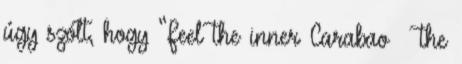
úgy szólt, hogy “Feel the inner Carabao – the